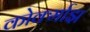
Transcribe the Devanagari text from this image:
कोर्क्माझ